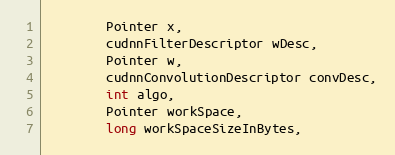
Language: Java
        Pointer x,
        cudnnFilterDescriptor wDesc,
        Pointer w,
        cudnnConvolutionDescriptor convDesc,
        int algo,
        Pointer workSpace,
        long workSpaceSizeInBytes,